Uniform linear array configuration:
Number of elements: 4
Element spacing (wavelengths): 0.5
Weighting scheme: binomial
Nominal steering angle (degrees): -30
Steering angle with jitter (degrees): -28.989
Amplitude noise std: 0.05
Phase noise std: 0.05

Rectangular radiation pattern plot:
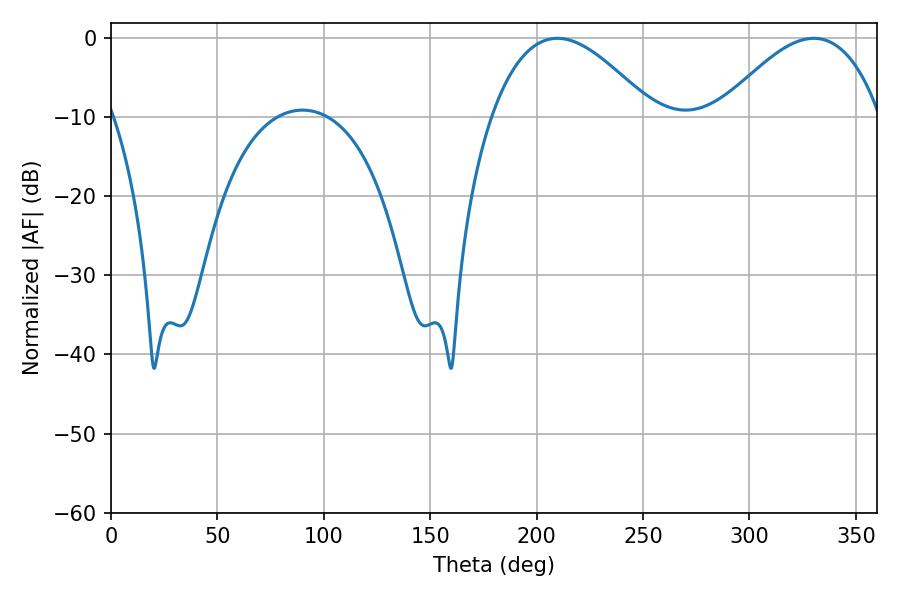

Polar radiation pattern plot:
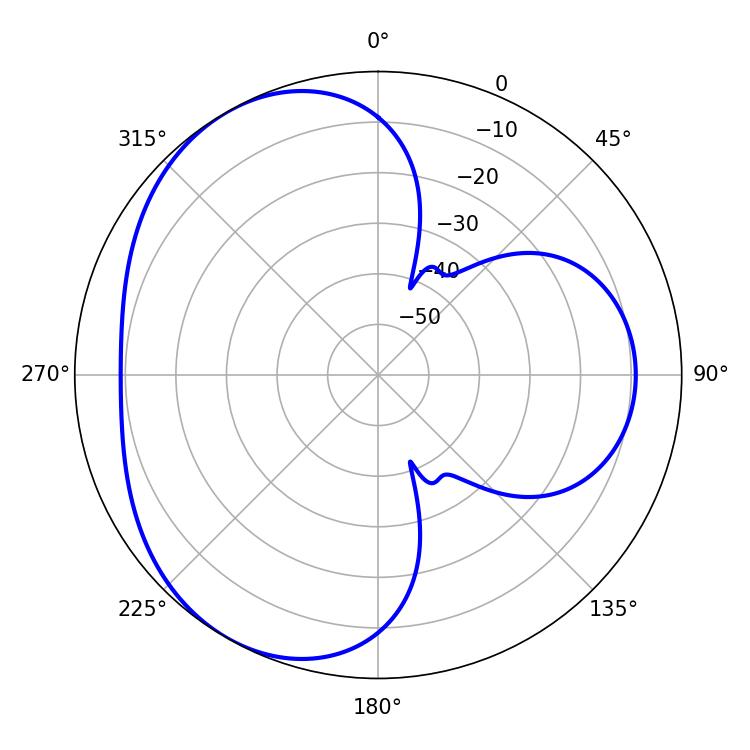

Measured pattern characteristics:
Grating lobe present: FALSE
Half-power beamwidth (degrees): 41.22
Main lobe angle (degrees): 209.7